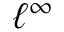
\ell ^ { \infty }